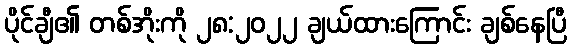
ပိုင်ချီ၏ တစ်အိုးကို ၂၈:၂၀၂၂ ချယ်ထားကြောင်း ချစ်နေပြီ